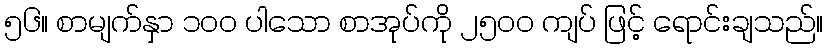
၅၆။ စာမျက်နှာ ၁၀၀ ပါသော စာအုပ်ကို ၂၅၀၀ ကျပ် ဖြင့် ရောင်းချသည်။